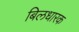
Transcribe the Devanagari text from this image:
बिलधारक